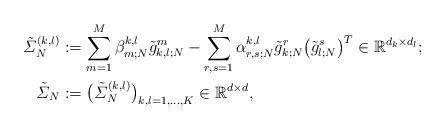
LaTeX: \begin{align*}\tilde{\varSigma}^{(k,l)}_N &:= \sum_{m=1}^M \beta_{m;N}^{k,l}\tilde{g}_{k,l;N}^m - \sum_{r,s=1}^M\alpha_{r,s;N}^{k,l} \tilde{g}_{k;N}^r\bigl(\tilde{g}_{l;N}^s\bigr)^T \in\mathbb{R}^{d_k \times d_l} ;\\\tilde{\varSigma}_N &:= \bigl(\tilde{\varSigma}_N^{(k,l)}\bigr)_{k,l=1,\dots,K} \in \mathbb{R}^{d \times d},\end{align*}